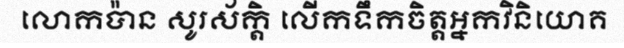
លោកប៉ាន សូរស័ក្តិ លើកទឹកចិត្តអ្នកវិនិយោគ